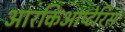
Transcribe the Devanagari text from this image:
आरकिआप्टेरिस